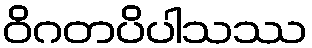
ဝိဂတပိပါသဿ